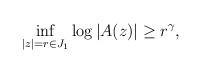
LaTeX: \begin{align*}\inf_{|z|=r\in J_1 }\log |A(z)|\geq r^\gamma,\end{align*}